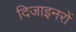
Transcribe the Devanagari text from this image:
दिजाइनरों